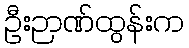
ဦးဉာဏ်ထွန်းက